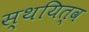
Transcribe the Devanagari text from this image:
स्थयित्व